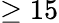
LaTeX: \geq 15